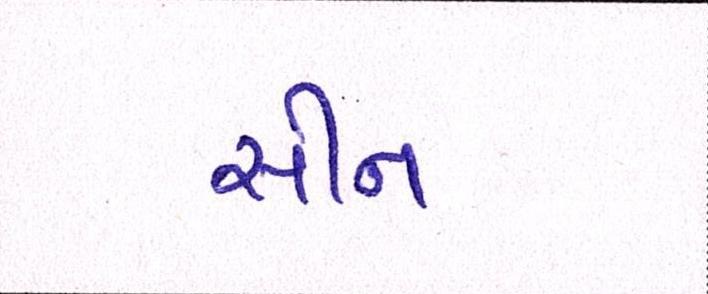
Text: સીન